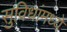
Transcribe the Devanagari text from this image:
सुविधांमध्ये